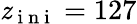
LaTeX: \mathit{z}_{\mathrm{{~i~n~i~}}}=127